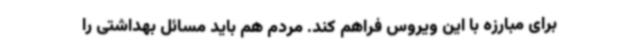
برای مبارزه با این ویروس فراهم کند. مردم هم باید مسائل بهداشتی را